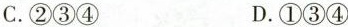
C.②③④ D.①③④